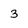
Character: 3